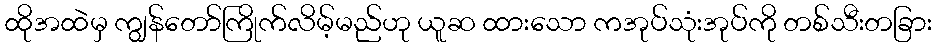
ထိုအထဲမှ ကျွန်တော်ကြိုက်လိမ့်မည်ဟု ယူဆ ထားသော ကအုပ်သုံးအုပ်ကို တစ်သီးတခြား